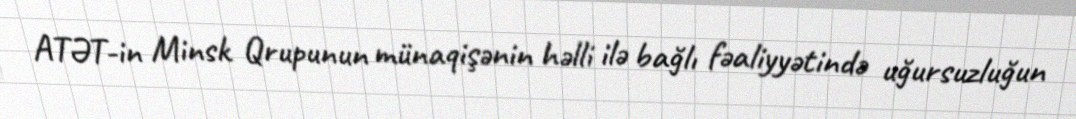
ATƏT-in Minsk Qrupunun münaqişənin həlli ilə bağlı fəaliyyətində uğursuzluğun